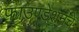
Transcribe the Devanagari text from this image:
फाउण्डेशनचे